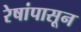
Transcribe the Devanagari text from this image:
रेषांपासून